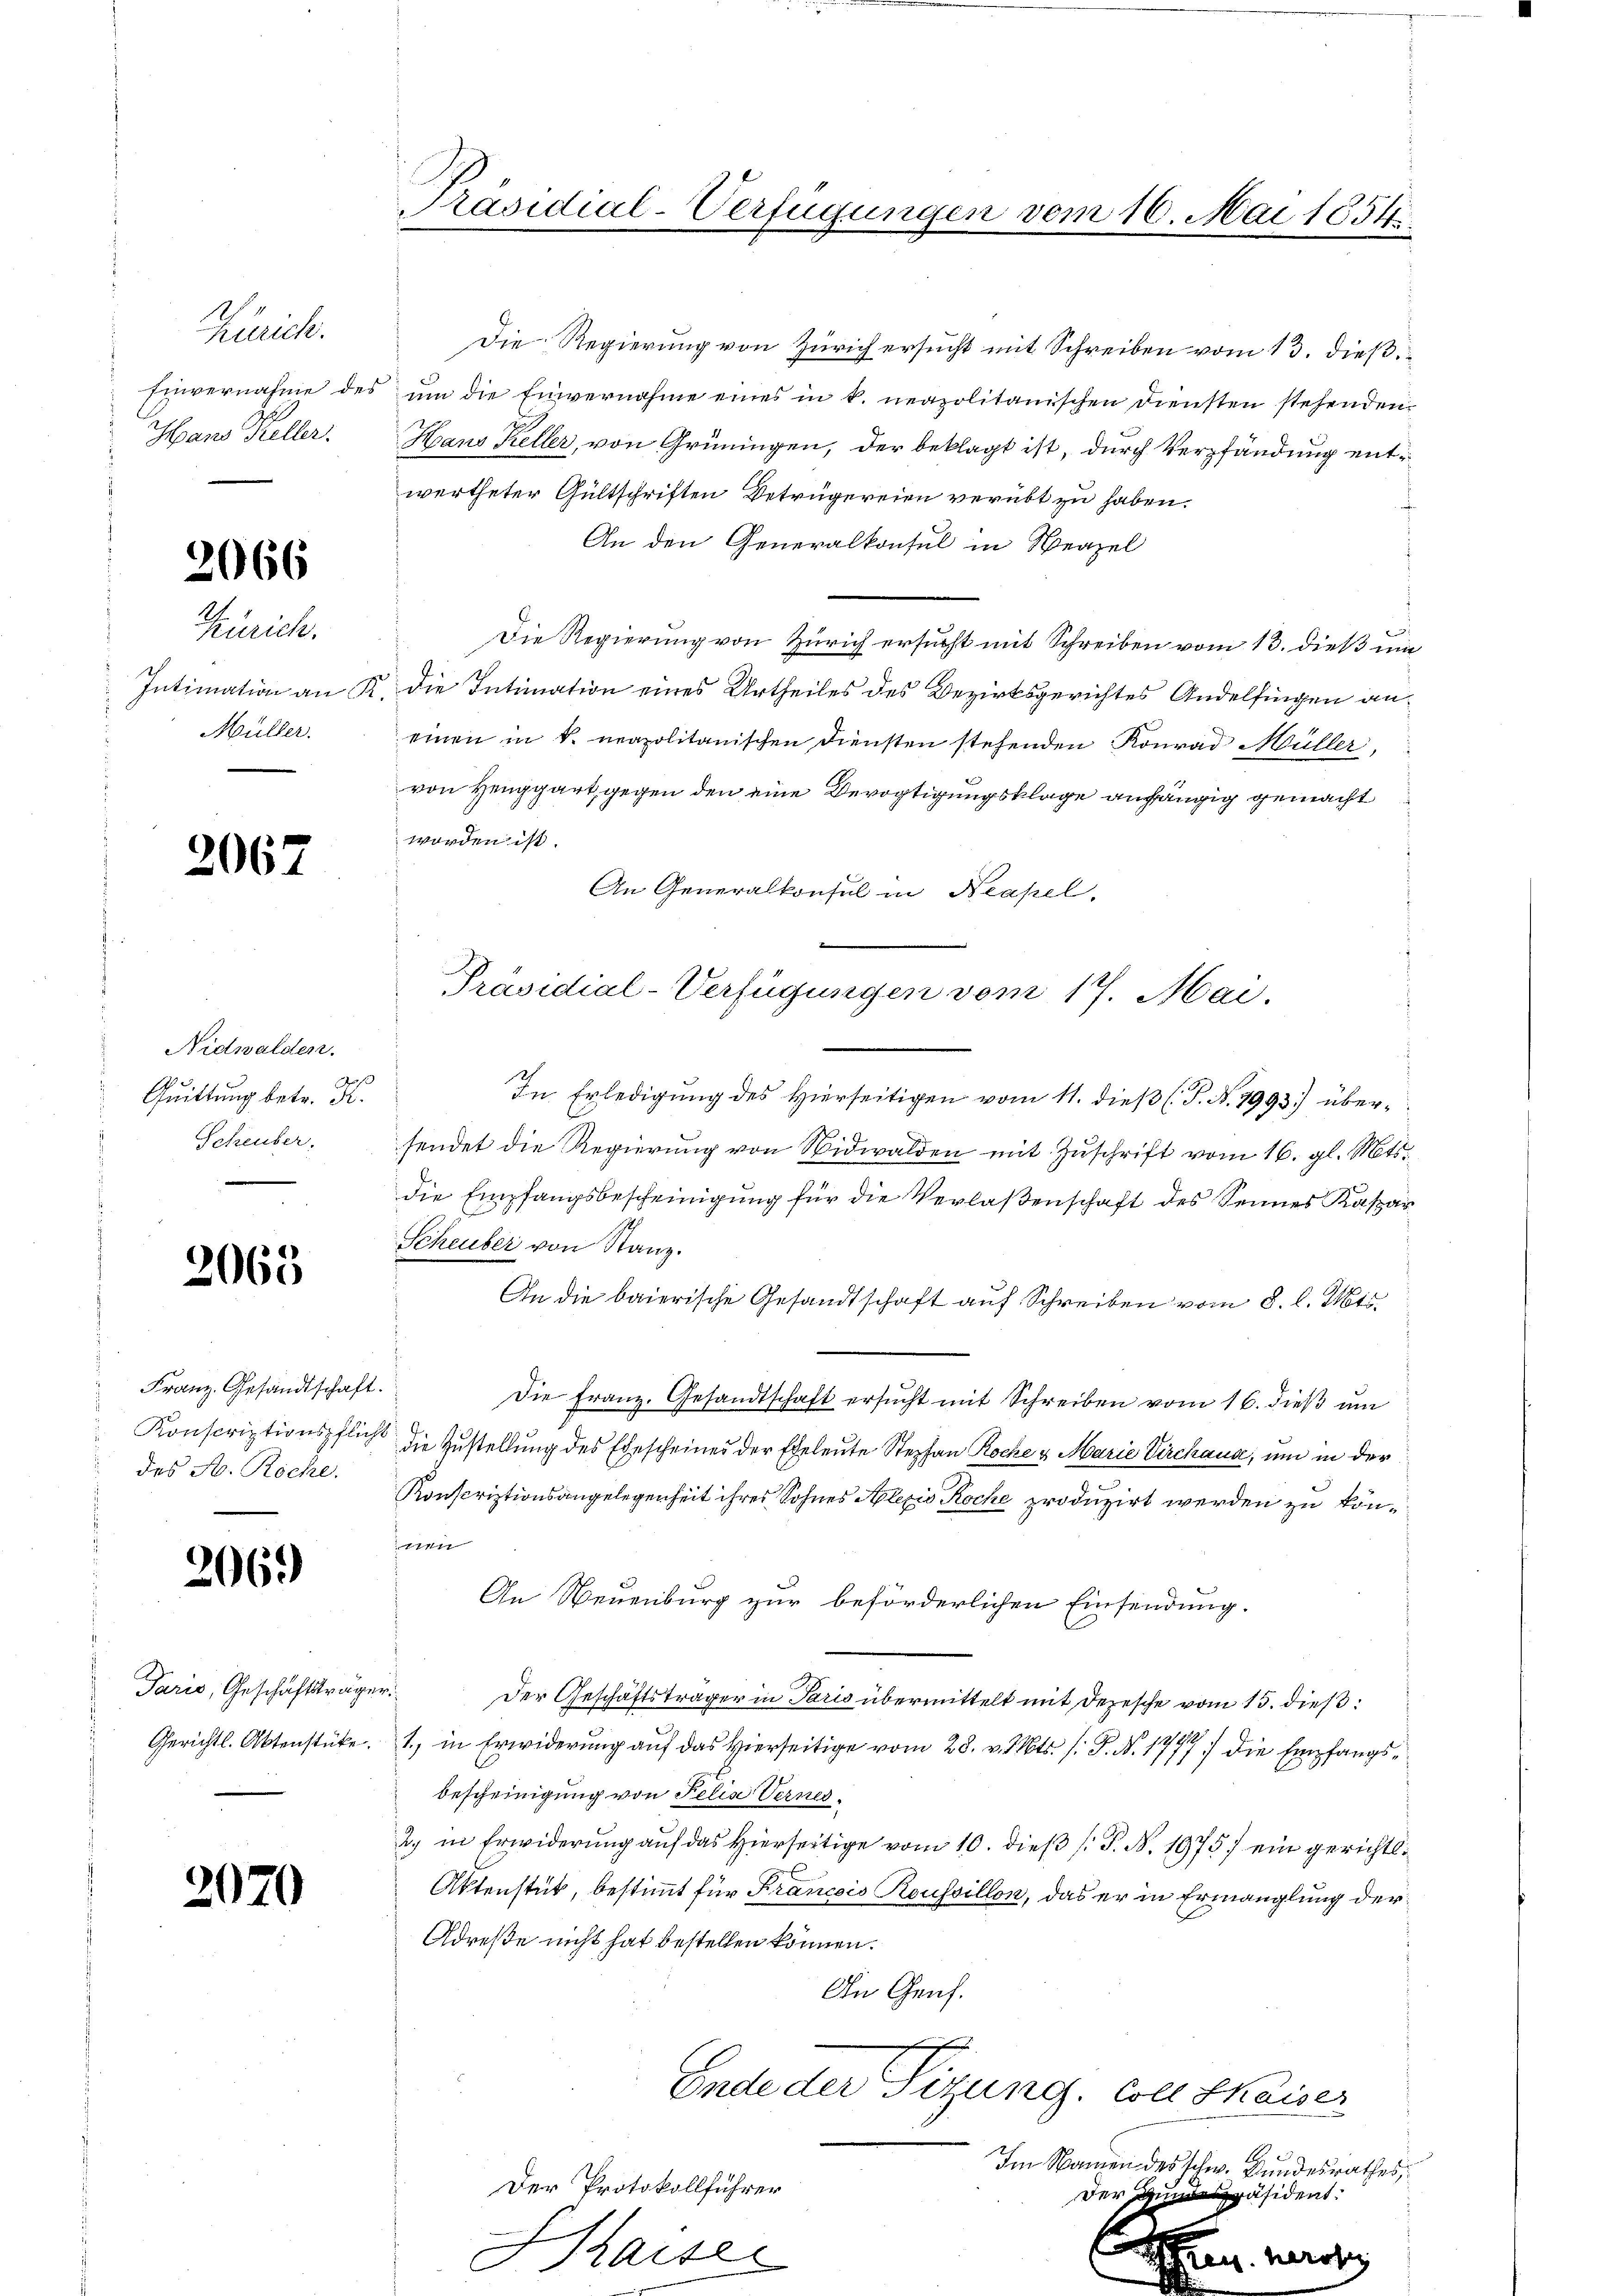
Zürich.
Einvernahme des
Hans Keller.

2066

Zürich.
Intimation an
Müller.

2067

Nidwalden.
Quittung betr. K.
Scheuber.

2063

Franz. Gesandtschaft
Konscriptionspflich
des A. Roche.

2069

Paris, Geschäftstrag
Gerichtl. Aktenstücke.

2070

Präsidial-Verfügungen vom 16. Mai 1854

Die Regierung von Zürich ersucht mit Schreiben vom 13. dießum die Einvernahme eines in k. neapolitanischen Diensten stehenden
Hans Keller, von Grüningen, der beklagt ist, durch Verpfändung entwertheter Gültschriften Betrügereien verübt zu haben.
An den Generalkonsul in Neapel
Die Regierung von Zürich ersucht mit Schreiben vom 13. dieß um
die Intimation eines Urtheiles des Bezirksgerichtes Andelfingen aneinen in k. neapolitanischen Diensten stehenden Konrad Müller,
von Henggart gegen den eine Bevogtigungsklage anhängig gemacht
worden ist.
An Generalkonsul in Neapel,
In Erledigung des Hierseitigen vom 11. dieß (T. N. 7993) übersendet die Regierung von Nidwalden mit Zuschrift vom 16. gl. Mts.
die Empfangsbescheinigung für die Verlaßenschaft des Sennes Kaspar
Scheuber von Stanz.
An die baierische Gesandtschaft auf Schreiben vom 8. l. Mts.
Die Franz. Gesandtschaft ersucht mit Schreiben vom 16. dieß am
die Zustellung des Ehescheines der Eheleute Stephan Rocke u. Marie Kirchaus, und in der
Konscriptionsangelegenheit ihres Sohnes Alezis Koche produzirt werden zu könn
An Neuenburg zur beförderlichen Einsendung.
Der Geschäftsträger in Paris übermittelt mit Depesche vom 15. dieß:
1., in Erwiderung auf das Hierseitige vom 28. v. Mts. 1. P. Nr. 1777 die Empfangsbescheinigung von Felis Vernes¬
2. in Erwiderung aŭf das hierseitige vom 10. dieβ (: P. N. 1975) ein gerichtl.
Aktenstück, bestimmt für Francois Reussillon, das er in Ermanglung der
Adresse nicht hat bestellen können.
In Genf.
E
Ende der Sizung. Coll Skaiser
.
Im Namen des Schw. Bundesrathes,
Der Protokollführer
der Anspräsident.
x
Ehen werden
Arse
e

Präsidial-Verfügungen vom 17. Mai.